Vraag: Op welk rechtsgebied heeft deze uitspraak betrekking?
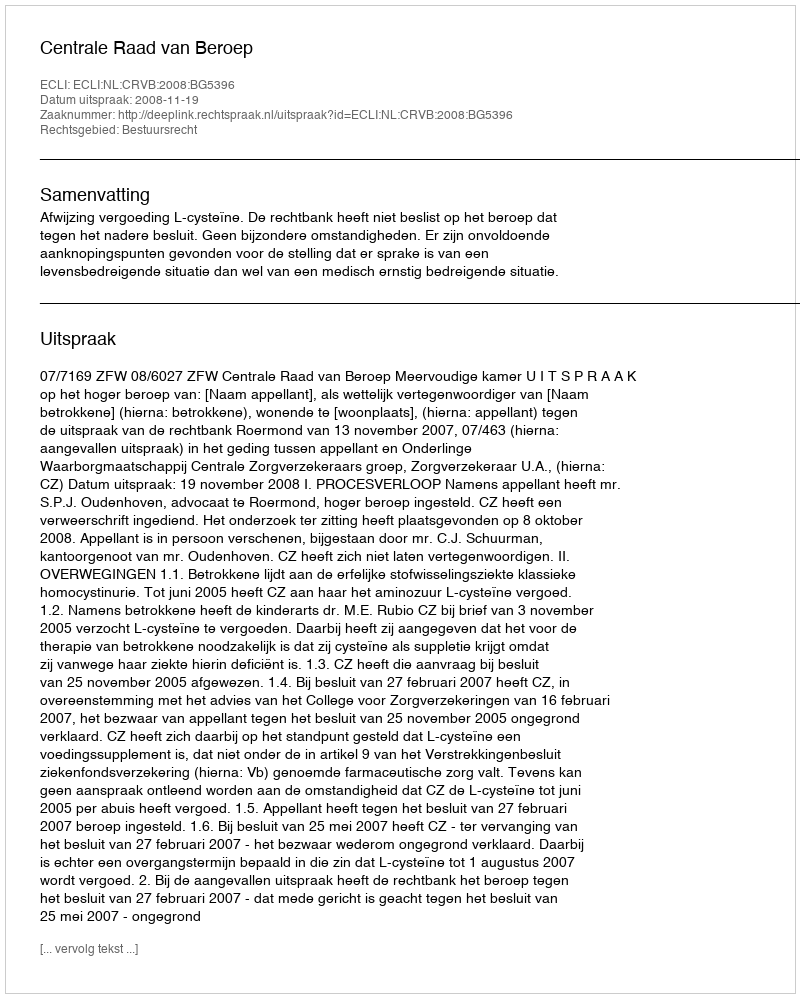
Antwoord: Bestuursrecht